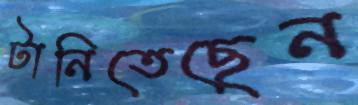
টানিতেছেন